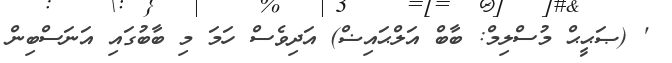
' (ޞަޙީޙް މުސްލިމް: ބާބް އަލްޙައިޟް) އަދިވެސް ހަމަ މި ބާބުގައި އަނަސްބިން